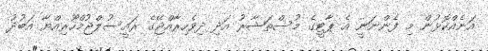
އަނެއްކޮޅުން މި ފެންނަނީ އެ ޕާޓީގެ މުސްތަޝާރު އަދި ދިވެހިރާއްޖޭގެ ރައީސުލްޖުމްހޫރިއްޔާ އަބުދު